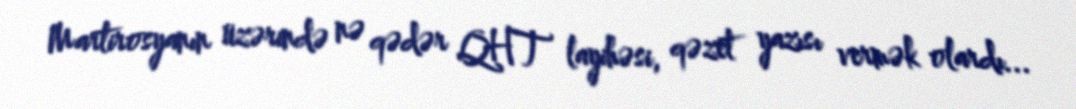
Martirosyanın üzərində nə qədər QHT layihəsi, qəzet yazısı vermək olardı...